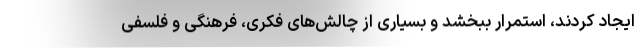
ایجاد کردند، استمرار ببخشد و بسیاری از چالش‌های فکری، فرهنگی و فلسفی